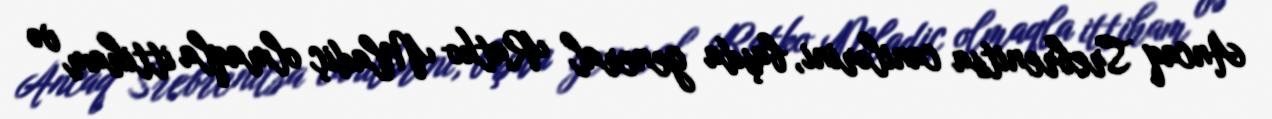
Ancaq Srebrenitsa canilərini, başda general Ratko Mladiç olmaqla ittiham və